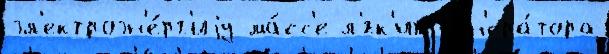
эл'ектроэн'е́рг'иjу ма́сс'е л'́гк'их г'ен'ера́тора